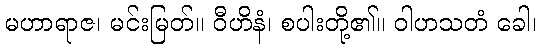
မဟာရာဇ၊ မင်းမြတ်။ ဝီဟိနံ၊ စပါးတို့၏။ ဝါဟသတံ ခေါ၊